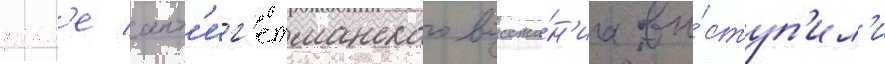
посл'е ант'иг'етманского восста́н'иа вы́ступ'ил'и